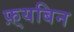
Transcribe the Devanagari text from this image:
फ़्यबिन